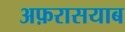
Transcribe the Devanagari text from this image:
अफ़रासयाब